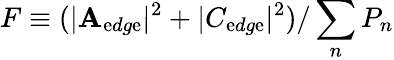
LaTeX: F\equiv(|\mathbf{A}_{\mathrm{e}dg\mathrm{e}}|^{2}+|C_{\mathrm{e}dg\mathrm{e}}|^{2})/\sum_{n}P_{n}